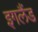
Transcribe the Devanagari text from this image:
इगलैंड